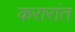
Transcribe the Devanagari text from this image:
करारांत